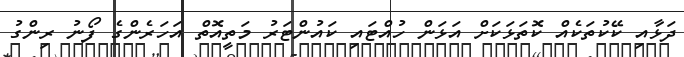
ދަޅާއި ކޭކުތަކެއް ކޮތަޅަކަށް އަޅަން ހުއްޓައި ކައުންޓަރު މަތީއޮތް އަހަރެންގެ ފޯނު ރިންގު